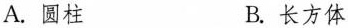
A.圆柱 B.长方体